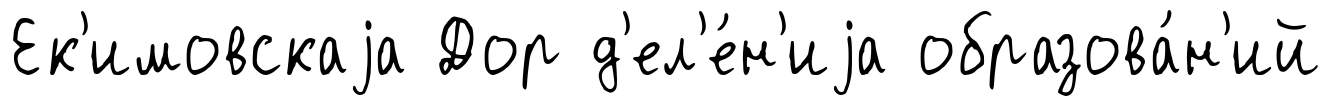
Ек'имовскаjа Дор д'ел'е́н'иjа образова́н'ий